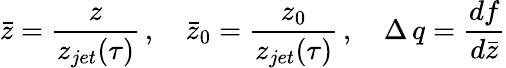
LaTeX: \bar{z}=\frac{z}{z_{jet}(\tau)}\, ,\quad\bar{z}_{0}=\frac{z_{0}}{z_{jet}(\tau)}\, ,\quad\Delta\, q=\frac{df}{d\bar{z}}